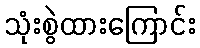
သုံးစွဲထားကြောင်း